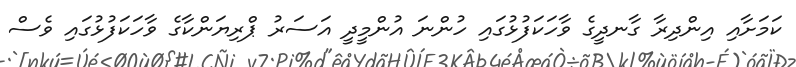
ކަމަށާއި އިންދިރާ ގާނދީގެ ވާހަކަފުޅުގައި ހުންނަ އުންމީދީ އަސަރު ޕްރިޔަންކާގެ ވާހަކަފުޅުގައި ވެސް